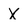
Character: X